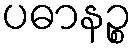
ပဓာနဉ္စ